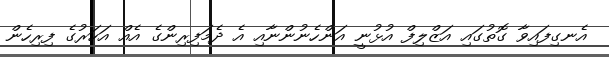
އެނގިފައިވާ ގޮތުގައި އަޒްލިފް އުޅުނީ އަންހެނުންނާއި އެ ދެމަފިރިންގެ އެއް އަހަރުގެ ފިރިހެން